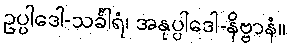
ဥပ္ပါဒေါ-သင်္ခါရံ၊ အနုပ္ပါဒေါ-နိဗ္ဗာနံ။